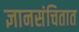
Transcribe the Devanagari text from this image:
ज्ञानसंचितात